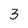
Character: 3